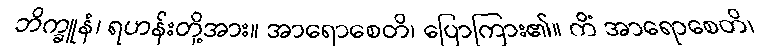
ဘိက္ခူနံ၊ ရဟန်းတို့အား။ အာရောစေတိ၊ ပြောကြား၏။ ကိံ အာရောစေတိ၊